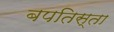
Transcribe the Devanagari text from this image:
बपतिस्ता